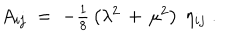
LaTeX: A _ { i j } \; = \; - \textstyle { \frac { 1 } { 8 } } \left( \lambda ^ { 2 } \, + \, \mu ^ { 2 } \right) \ \eta _ { i j } \; .